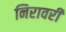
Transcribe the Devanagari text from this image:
निरावरी